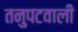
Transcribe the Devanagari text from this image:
तनुपटवाली